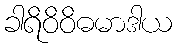
ခါရိဝိဝိဓမာဒါယ